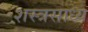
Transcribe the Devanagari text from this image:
शस्त्रसाध्य